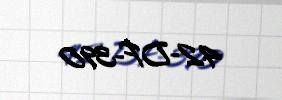
42-DF-390